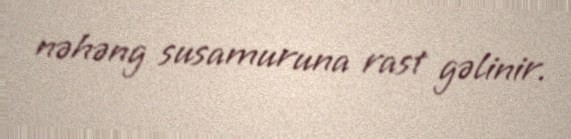
nəhəng susamuruna rast gəlinir.